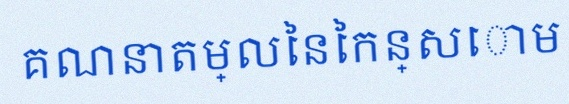
គណនាតម្លៃនៃកន្សោម